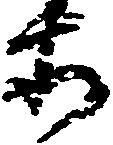
等